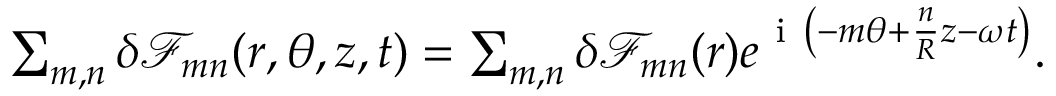
\begin{array} { r } { \sum _ { m , n } \delta \mathcal { F } _ { m n } ( r , \theta , z , t ) = \sum _ { m , n } \delta \mathcal { F } _ { m n } ( r ) e ^ { \mathrm { ~ i ~ } \left( - m \theta + \frac { n } { R } z - \omega t \right) } . } \end{array}